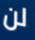
لن